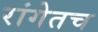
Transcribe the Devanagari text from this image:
रांगेतच